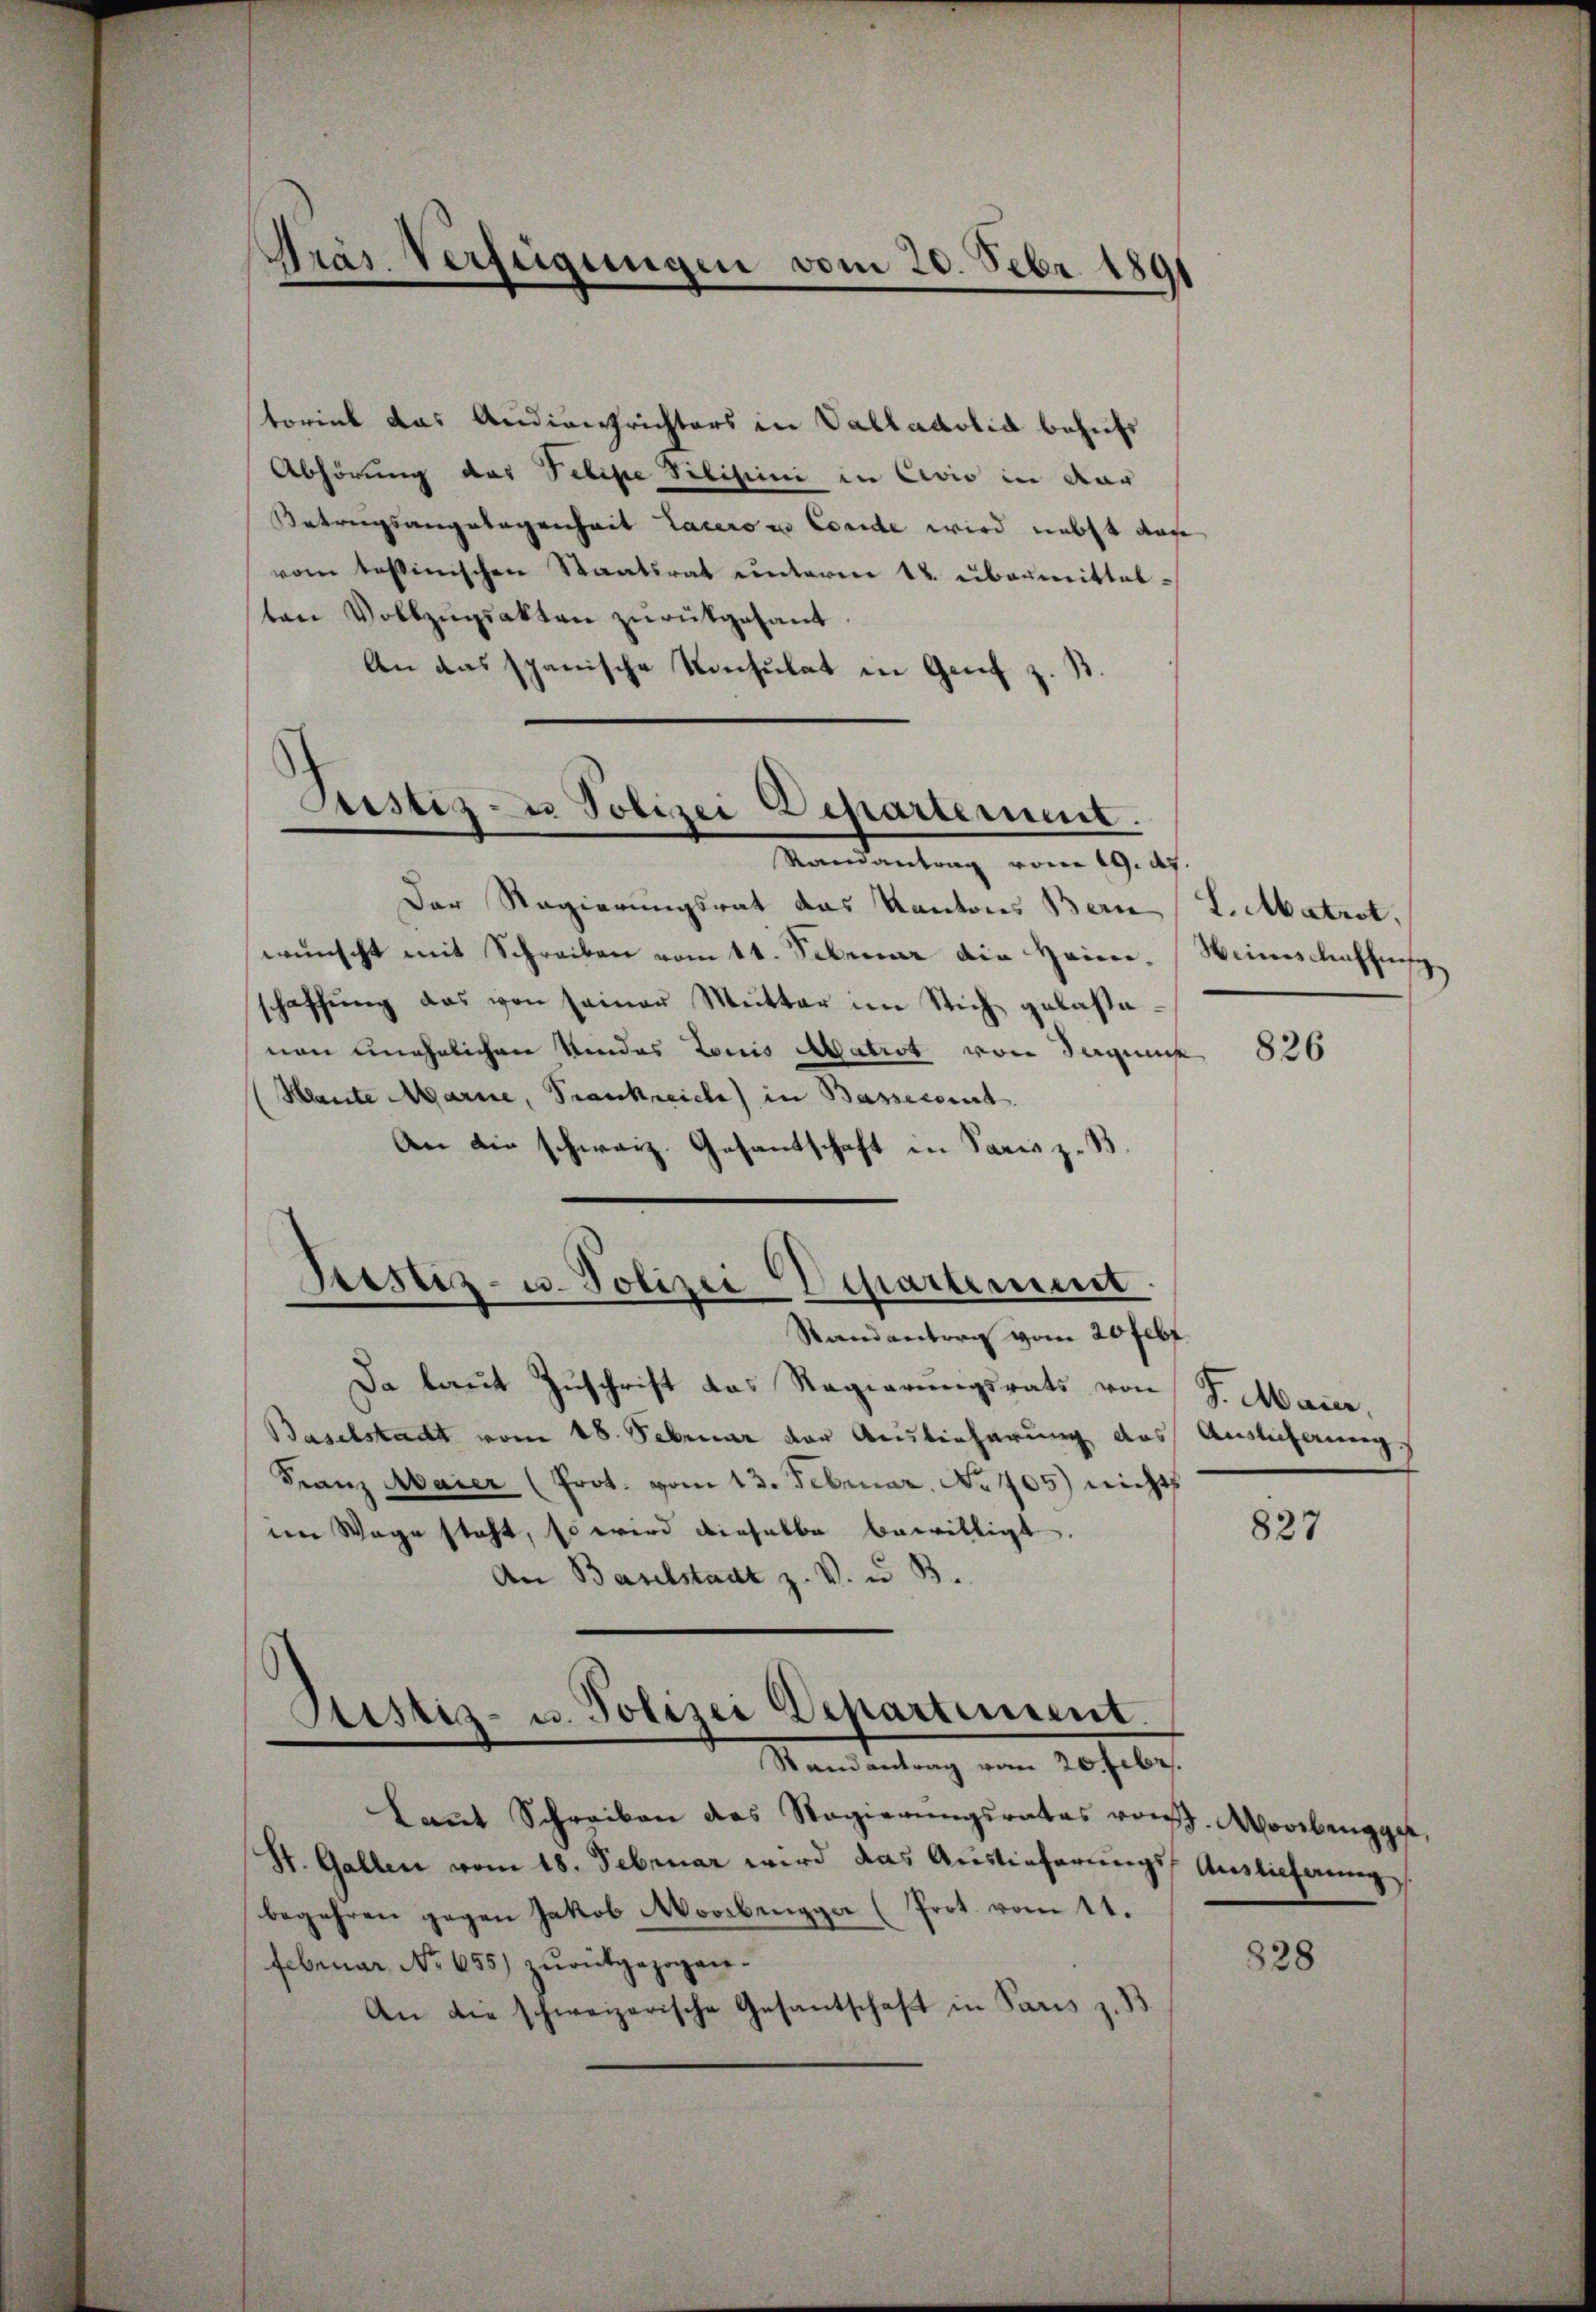
Pras Verfügungen vom 20. Febr. 1891

torial das Audienschrichters in Valladolia behufs
Abhörung das Pelipe Pilisie in Civio in dar
Betragsangelegenheit Lacero in Conde wird nebst das
vom tessinischen Staatsrat unterm 12. übermittel-
ten Vollzugsakten zurückgesant
An das spanische Konsulat in Genf z. B.
Randantrag von 19. ds.
Der Regierungsrat das Kantons Bern L. Matrot,
wünscht mit Schreiben vom 11. Februar die Heine Weinschaffensschaffŭng das von seiner Mutter im Stich gelastenan unehelichen Kindes Louis Matrat von Sequenz 826
Hante Marie, Frankreiche) in Bassecirt.
An die schweiz. Gesantschaft in Paris z. B.
Sistiz- u. Polizei Departement.
Standanterg vom 20 Febr.
Da laut Zuschrift das Regierungsrats von G. Maier,
Baselstadt vom 18. Februar der Auslieferung des Auslieferung.
Franz Maier (Prot. vom 13. Februar. No. 405) nichts
827
im Wege steht, so wird dieselbe bewilligt.
An Baselstadt z. V. u. 3.
Ptistiz- u. Polizei Departement.
Randantrag vom 20 Febr.
Laṅt Schreiben des Regierŭngsrates von J. Moorbengger,
St. Gallen vom 18. Februar wird das Auslieferungs Auslieferung
begehren gegen Jakob Moribungger (Prot. vom 11.
828
Februar No 655) zurückgezogen.
An die schweizerische Gesantschaft in Paris z. B

Justiz- u Polizei Departement.